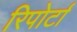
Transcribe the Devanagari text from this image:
रिपोर्टां